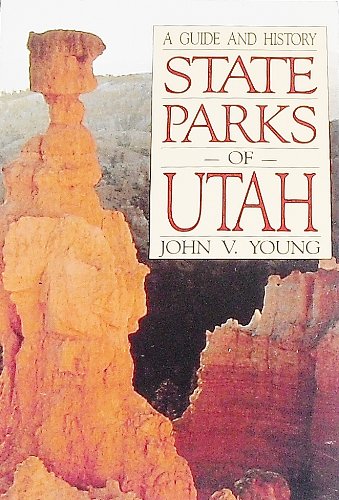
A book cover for State Parks of Utah: A Guide and History (Bonneville Books); John V. Young; Travel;